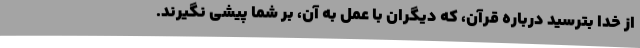
از خدا بترسید درباره قرآن، که دیگران با عمل به آن، بر شما پیشی نگیرند.